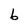
Character: b